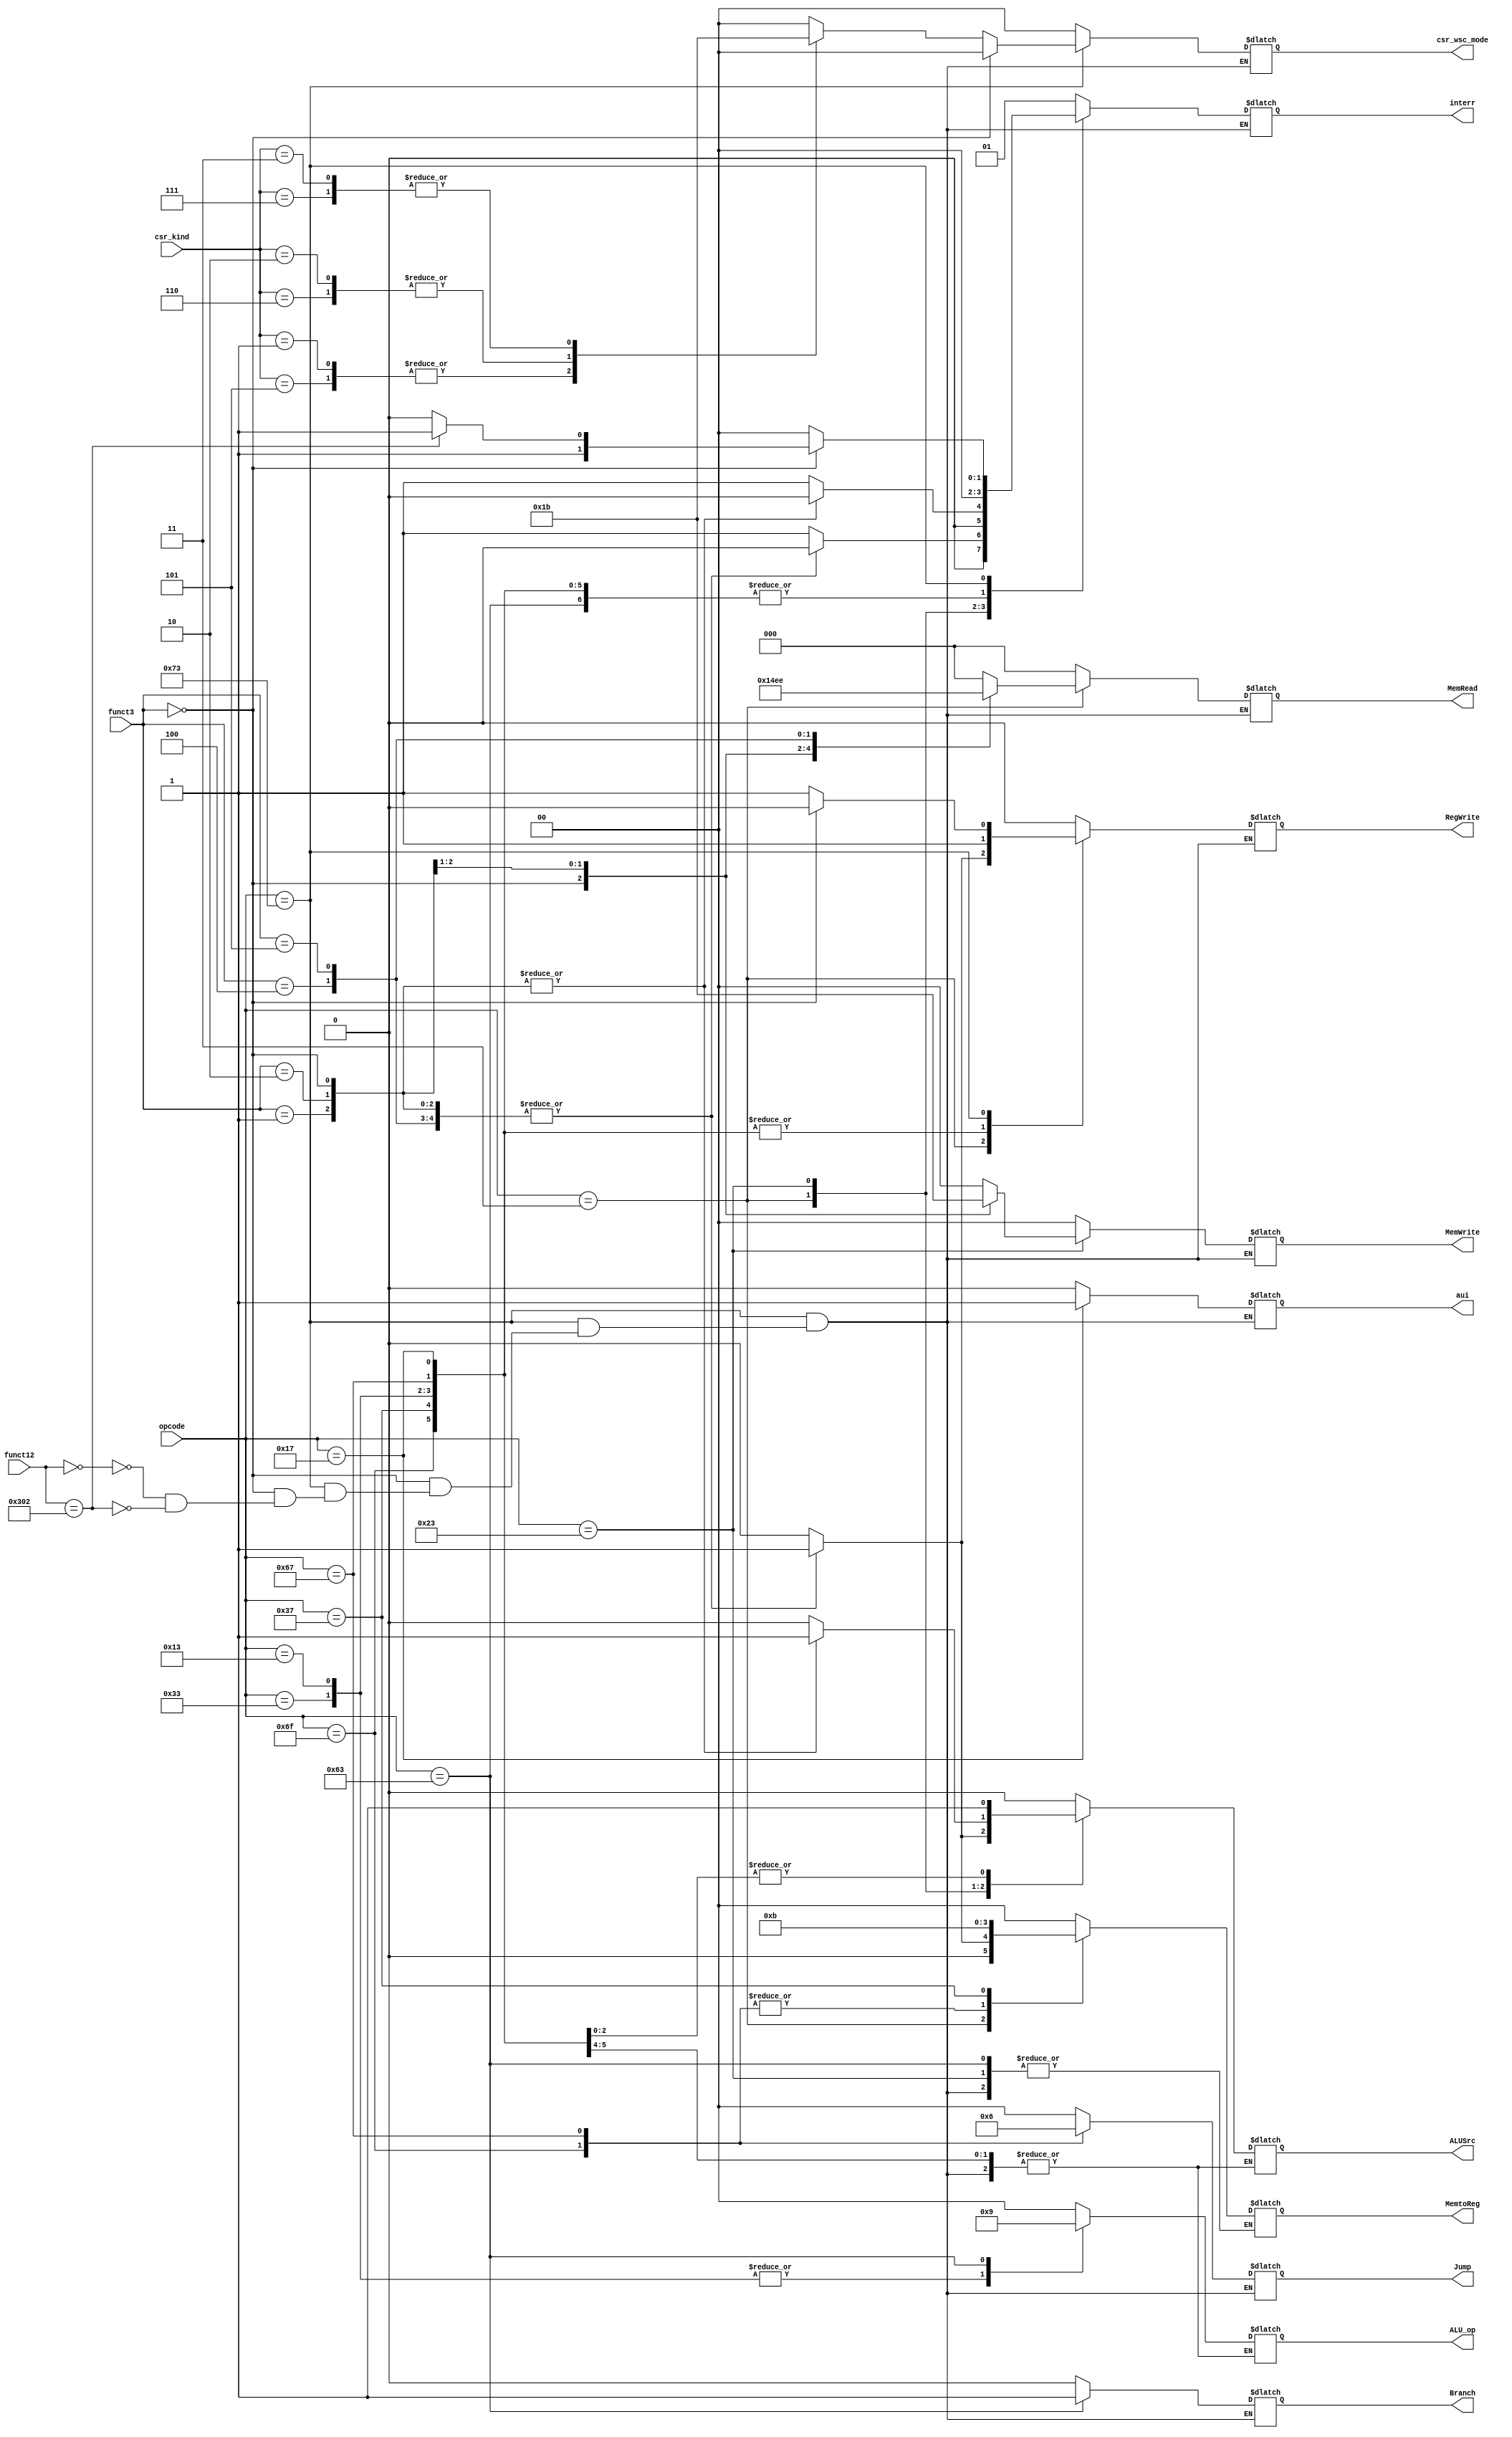
`timescale 1ns / 1ps

module Control_Unit(
    input [6:0] opcode,
    input [2:0] funct3,
    input [11:0] funct12,
    input [2:0] csr_kind,

    output ALUSrc,//0->use rs2 ; 1->use imm
    output [1:0] Jump,//00->PC+4/Branch ; 01->jal ; 10->jalr //this is the last mux before PC
    output Branch,
    output [2:0] MemRead, //001->lb ; 010->lh ; 011->lw ; 101->lbu ; 110->lhu
    output [1:0] MemtoReg,//00->ALU_result ; 01->Memory ; 10->PC+4 ; 11->imm
    output [1:0] MemWrite,//01->sb ; 10->sh ; 11->sw
    output RegWrite,
    output [1:0] ALU_op,//00->ld/sd/auipc ; 01->beq ; 10->R_type
    output aui,//1->auipc ; 0->others
    output [1:0] interr,//00:normal ;01: illegal ; 10: ecall ; 11:mret
    output [1:0] csr_wsc_mode//00-> not 3 kinds ; 01->cssrw ; 10->csrrs ; 11->csrrc
    );

    
    
reg ALUSrc0,RegWrite0,Branch0,aui0;
reg[1:0]  Jump0,ALU_op0,MemtoReg0,MemWrite0;
reg[2:0]  MemRead0;

reg [1:0] interr0;
reg [1:0] csr_wsc_mode0;

assign RegWrite=RegWrite0;
assign MemRead=MemRead0;
assign MemWrite=MemWrite0;
assign Branch=Branch0;
assign aui=aui0;
assign Jump=Jump0;
assign ALU_op=ALU_op0;
assign ALUSrc=ALUSrc0;
assign MemtoReg=MemtoReg0;
assign interr=interr0;
assign csr_wsc_mode=csr_wsc_mode0;


always @ (*) begin
    case(opcode)
        7'b0110011://R add
            begin
                ALUSrc0=0;
                MemtoReg0=2'b00;
                RegWrite0=1;
                MemRead0=3'b0;
                MemWrite0=2'b0;
                Branch0=0;
                Jump0=2'b00;
                ALU_op0=2'b10;
                aui0=0;
                interr0=2'b00;
                csr_wsc_mode0=2'b00;
            end

        7'b0010011://I  addi
            begin
                ALUSrc0=1;
                MemtoReg0=2'b00;
                RegWrite0=1;
                MemRead0=3'b0;
                MemWrite0=2'b0;
                Branch0=0;
                Jump0=2'b00;
                ALU_op0=2'b10;
                aui0=0;
                interr0=2'b00;
                csr_wsc_mode0=2'b00;
            end

        7'b0000011://I  ld
            begin
                case(funct3)
                    3'b000:begin
                        ALUSrc0=1;
                        MemtoReg0=2'b01;
                        RegWrite0=1;
                        MemWrite0=2'b0;
                        Branch0=0;
                        Jump0=2'b00;
                        ALU_op0=2'b00;    
                        aui0=0; 
                        interr0=2'b00; 
                        csr_wsc_mode0=2'b00;
                        MemRead0=3'b001;
                    end
                    3'b001:begin
                        ALUSrc0=1;
                        MemtoReg0=2'b01;
                        RegWrite0=1;
                        MemWrite0=2'b0;
                        Branch0=0;
                        Jump0=2'b00;
                        ALU_op0=2'b00;    
                        aui0=0; 
                        interr0=2'b00; 
                        csr_wsc_mode0=2'b00;
                        MemRead0=3'b010;
                    end
                    3'b010:begin
                        ALUSrc0=1;
                        MemtoReg0=2'b01;
                        RegWrite0=1;
                        MemWrite0=2'b0;
                        Branch0=0;
                        Jump0=2'b00;
                        ALU_op0=2'b00;    
                        aui0=0; 
                        interr0=2'b00; 
                        csr_wsc_mode0=2'b00;
                        MemRead0=3'b011;
                    end
                    3'b100:begin
                        ALUSrc0=1;
                        MemtoReg0=2'b01;
                        RegWrite0=1;
                        MemWrite0=2'b0;
                        Branch0=0;
                        Jump0=2'b00;
                        ALU_op0=2'b00;    
                        aui0=0; 
                        interr0=2'b00; 
                        csr_wsc_mode0=2'b00;
                        MemRead0=3'b101;
                    end
                    3'b101:begin
                        ALUSrc0=1;
                        MemtoReg0=2'b01;
                        RegWrite0=1;
                        MemWrite0=2'b0;
                        Branch0=0;
                        Jump0=2'b00;
                        ALU_op0=2'b00;    
                        aui0=0; 
                        interr0=2'b00; 
                        csr_wsc_mode0=2'b00;
                        MemRead0=3'b110;
                    end
                    default:begin
                        ALUSrc0=0;
                        MemtoReg0=2'b00;
                        RegWrite0=0;
                        MemWrite0=2'b0;
                        Branch0=0;
                        Jump0=2'b00;
                        ALU_op0=2'b00;    
                        aui0=0; 
                        interr0=2'b01; 
                        csr_wsc_mode0=2'b00;
                        MemRead0=3'b0;
                    end
                endcase          
            end

        7'b0100011://S sd
            begin
                case(funct3)
                    3'b000:begin
                        ALUSrc0=1;
                        RegWrite0=0;
                        MemRead0=3'b0;
                        Branch0=0;
                        Jump0=2'b00;
                        ALU_op0=2'b00;
                        aui0=0;
                        interr0=2'b00;
                        csr_wsc_mode0=2'b00;
                        MemWrite0=2'b01;
                    end

                    3'b001:begin
                        ALUSrc0=1;
                        RegWrite0=0;
                        MemRead0=3'b0;
                        Branch0=0;
                        Jump0=2'b00;
                        ALU_op0=2'b00;
                        aui0=0;
                        interr0=2'b00;
                        csr_wsc_mode0=2'b00;
                        MemWrite0=2'b10;
                    end

                    3'b010:begin
                        ALUSrc0=1;
                        RegWrite0=0;
                        MemRead0=3'b0;
                        Branch0=0;
                        Jump0=2'b00;
                        ALU_op0=2'b00;
                        aui0=0;
                        interr0=2'b00;
                        csr_wsc_mode0=2'b00;
                        MemWrite0=2'b11;
                    end
                    default:begin
                        ALUSrc0=0;
                        RegWrite0=0;
                        MemRead0=3'b0;
                        Branch0=0;
                        Jump0=2'b00;
                        ALU_op0=2'b00;
                        aui0=0;
                        interr0=2'b01;
                        csr_wsc_mode0=2'b00;
                        MemWrite0=2'b0;
                    end
                endcase
            end

        7'b1100011://B beq
            begin
                ALUSrc0=0;
                RegWrite0=0;
                MemRead0=3'b0;
                MemWrite0=2'b0;
                Branch0=1;
                Jump0=2'b00;
                ALU_op0=2'b01;
                aui0=0;
                interr0=2'b00;
                csr_wsc_mode0=2'b00;
            end

        7'b1101111://J jal
            begin
                MemtoReg0=2'b10;
                RegWrite0=1;
                MemRead0=3'b0;
                MemWrite0=2'b0;
                Branch0=0;
                Jump0=2'b01;
                aui0=0;
                interr0=2'b00;
                csr_wsc_mode0=2'b00;
            end

        7'b1100111://J jalr
            begin
                ALUSrc0=1;
                MemtoReg0=2'b10;
                RegWrite0=1;
                MemRead0=3'b0;
                MemWrite0=2'b0;
                Branch0=0;
                Jump0=2'b10;
                ALU_op0=2'b00;
                aui0=0;
                interr0=2'b00;
                csr_wsc_mode0=2'b00;
            end            

        7'b0110111://U lui
            begin
                MemtoReg0=2'b11;
                RegWrite0=1;
                MemRead0=3'b0;
                MemWrite0=2'b0;
                Branch0=0;
                Jump0=2'b00;   
                aui0=0; 
                interr0=2'b00;   
                csr_wsc_mode0=2'b00;       
            end

        7'b0010111://auipc
            begin
                aui0=1;
                ALUSrc0=1;
                ALU_op0=2'b00;
                MemWrite0=2'b0;
                MemRead0=3'b0;
                Branch0=0;
                Jump0=2'b00;
                MemtoReg0=2'b00;
                RegWrite0=1;
                interr0=2'b00;
                csr_wsc_mode0=2'b00;
            end
        
        7'b1110011:// system call
            begin
                if(funct3==3'b000)begin
                    case(funct12)
                        12'h000: begin
                            ALUSrc0=0;
                            MemtoReg0=2'b00;
                            RegWrite0=0;
                            MemRead0=3'b0;
                            MemWrite0=2'b0;
                            Branch0=0;
                            Jump0=2'b00;
                            ALU_op0=2'b00;
                            aui0=0;
                            interr0=2'b10; // ecall
                            csr_wsc_mode0=2'b00;
                        end
                        12'h302: begin
                            interr0=2'b11; // mret
                            csr_wsc_mode0=2'b00;
                            ALUSrc0=0;
                            MemtoReg0=2'b00;
                            RegWrite0=0;
                            MemRead0=3'b0;
                            MemWrite0=2'b0;
                            Branch0=0;
                            Jump0=2'b00;
                            ALU_op0=2'b00;
                            aui0=0;
                        end
                    endcase
                end

                else begin
                    ALUSrc0=0;
                    MemtoReg0=2'b00;
                    RegWrite0=1;
                    MemRead0=3'b0;
                    MemWrite0=2'b0;
                    Branch0=0;
                    Jump0=2'b00;
                    ALU_op0=2'b00;
                    aui0=0;
                    interr0=2'b00; // csrr
                    case(csr_kind)
                        3'd1, 3'd5: csr_wsc_mode0=2'b01;
                        3'd2, 3'd6: csr_wsc_mode0=2'b10;
                        3'd3, 3'd7: csr_wsc_mode0=2'b11;
                        default: csr_wsc_mode0=2'b00;
                    endcase
                end
            end
        
        default:
            begin
                ALUSrc0=0;
                MemtoReg0=2'b00;
                RegWrite0=0;
                MemRead0=3'b0;
                MemWrite0=2'b0;
                Branch0=0;
                Jump0=2'b00;
                ALU_op0=2'b00;
                aui0=0;
                interr0=2'b01;//illeagal
                csr_wsc_mode0=2'b00;
            end
    endcase
end

endmodule